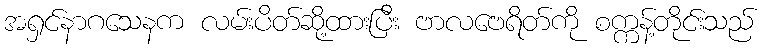
အရှင်နာဂသေနက လမ်းပိတ်ဆို့ထားပြီး ဗာလဗေရိတ်ကို စက္ကန့်တိုင်းသည်